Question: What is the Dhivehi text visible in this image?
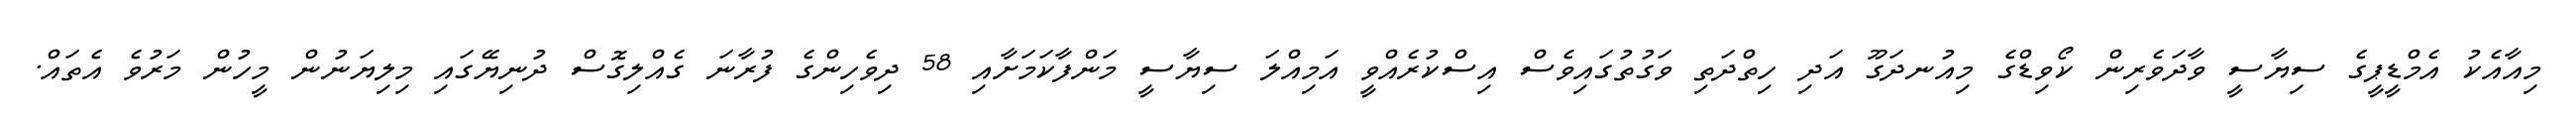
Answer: މިއާއެކު އެމްޑީޕީގެ ސިޔާސީ ވާދަވެރިން ކޯވިޑްގެ މިއުނދަގޫ އަދި ހިތްދަތި ވަގުތުގައިވެސް އިސްކުރެއްވީ އަމިއްލަ ސިޔާސީ މަންފާކަމަށާއި 58 ދިވެހިންގެ ފުރާނަ ގެއްލިގޮސް ދުނިޔޭގައި މިލިޔަނުން މީހުން މަރުވެ އެތައް.